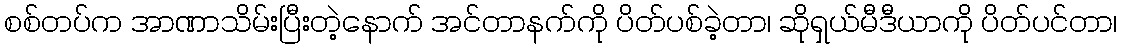
စစ်တပ်က အာဏာသိမ်းပြီးတဲ့နောက် အင်တာနက်ကို ပိတ်ပစ်ခဲ့တာ၊ ဆိုရှယ်မီဒီယာကို ပိတ်ပင်တာ၊